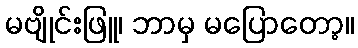
မဗျိုင်းဖြူ၊ ဘာမှ မပြောတော့။